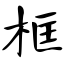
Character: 框